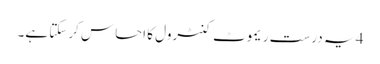
4 یہ درست ریموٹ کنٹرول کا احساس کرسکتا ہے۔